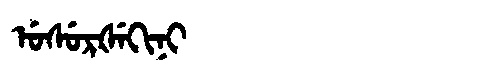
Manchu: ᡠᠰᡠᡵᡧᡝᡴᡳᠨᡳ
Romanization: USURŠEKINI